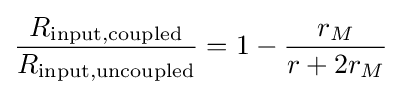
{\frac {R_{\text{input,coupled}}}{R_{\text{input,uncoupled}}}}=1-{\frac {r_{M}}{r+2r_{M}}}